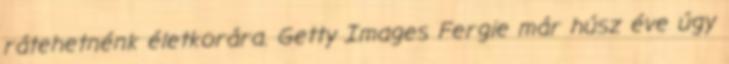
rátehetnénk életkorára. Getty Images Fergie már húsz éve úgy